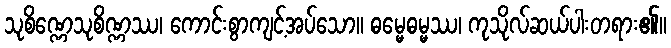
သုစိဏ္ဏေသုစိဏ္ဏဿ၊ ကောင်းစွာကျင့်အပ်သော။ ဓမ္မေဓမ္မဿ၊ ကုသိုလ်ဆယ်ပါးတရား၏။